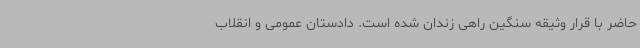
حاضر با قرار وثیقه سنگین راهی زندان شده است. دادستان عمومی و انقلاب